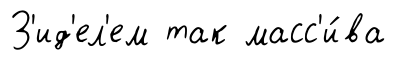
З'ид'ел'ем так масс'и́ва